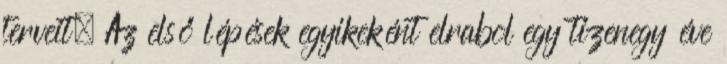
terveit. Az első lépések egyikeként elrabol egy tizenegy éve